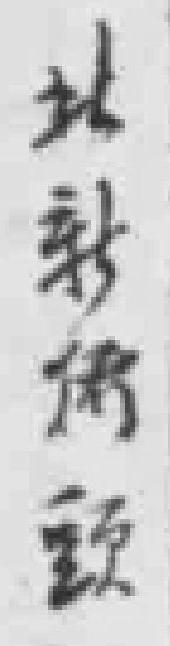
北新橋頭